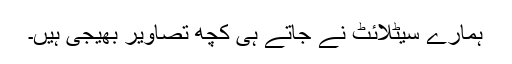
ہمارے سیٹلائٹ نے جاتے ہی کچھ تصاویر بھیجی ہیں۔